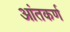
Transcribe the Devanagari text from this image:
आंतकर्ण